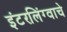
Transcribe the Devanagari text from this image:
इंटरलिंग्वाचे